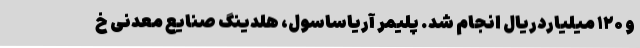
و ۱۲۰ میلیاردریال انجام شد. پلیمر آریاساسول، هلدینگ صنایع معدنی خ